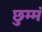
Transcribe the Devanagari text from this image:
छुम्मं